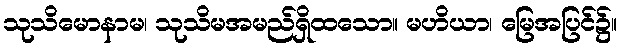
သုသိမောနာမ၊ သုသိမအမည်ရှိထသော။ မဟိယာ၊ မြေအပြင်၌။